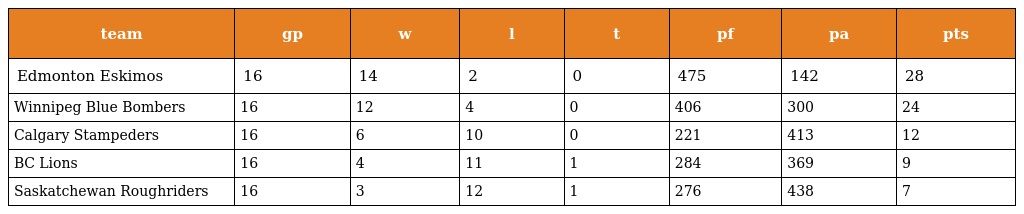
| team | gp | w | l | t | pf | pa | pts |
 | --- | --- | --- | --- | --- | --- | --- | --- |
 | Edmonton Eskimos | 16 | 14 | 2 | 0 | 475 | 142 | 28 |
 | Winnipeg Blue Bombers | 16 | 12 | 4 | 0 | 406 | 300 | 24 |
 | Calgary Stampeders | 16 | 6 | 10 | 0 | 221 | 413 | 12 |
 | BC Lions | 16 | 4 | 11 | 1 | 284 | 369 | 9 |
 | Saskatchewan Roughriders | 16 | 3 | 12 | 1 | 276 | 438 | 7 |